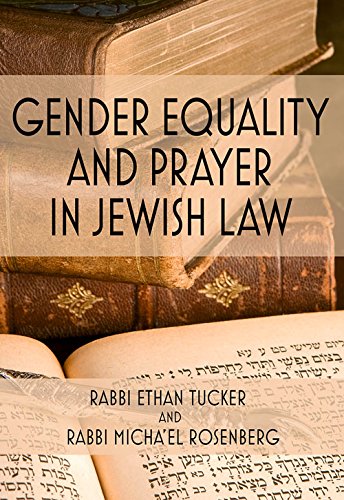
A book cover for Gender Equality and Prayer in Jewish Law; Rabbi Ethan Tucker; Religion & Spirituality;